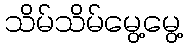
သိမ်သိမ်မွေ့မွေ့